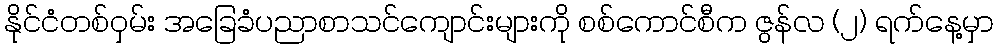
နိုင်ငံတစ်ဝှမ်း အခြေခံပညာစာသင်ကျောင်းများကို စစ်ကောင်စီက ဇွန်လ (၂) ရက်နေ့မှာ